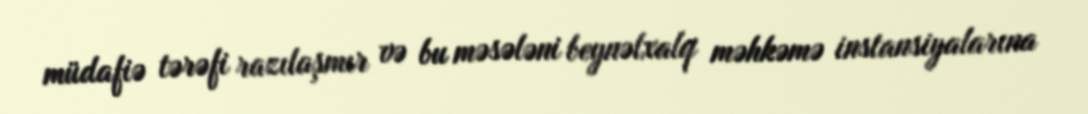
müdafiə tərəfi razılaşmır və bu məsələni beynəlxalq məhkəmə instansiyalarına